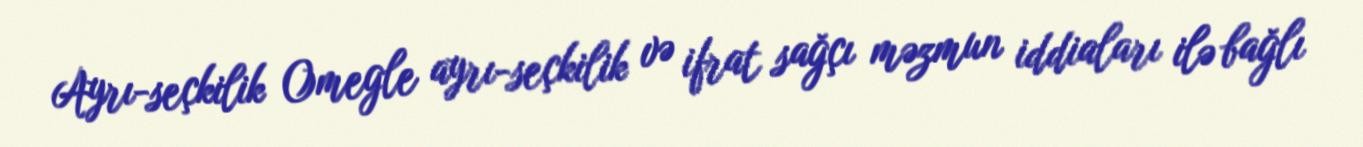
Ayrı-seçkilik Omegle ayrı-seçkilik və ifrat sağçı məzmun iddiaları ilə bağlı